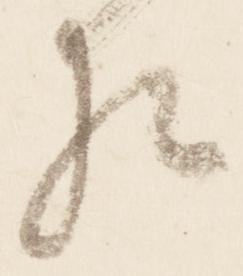
猶